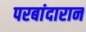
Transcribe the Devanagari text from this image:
परबांदारान